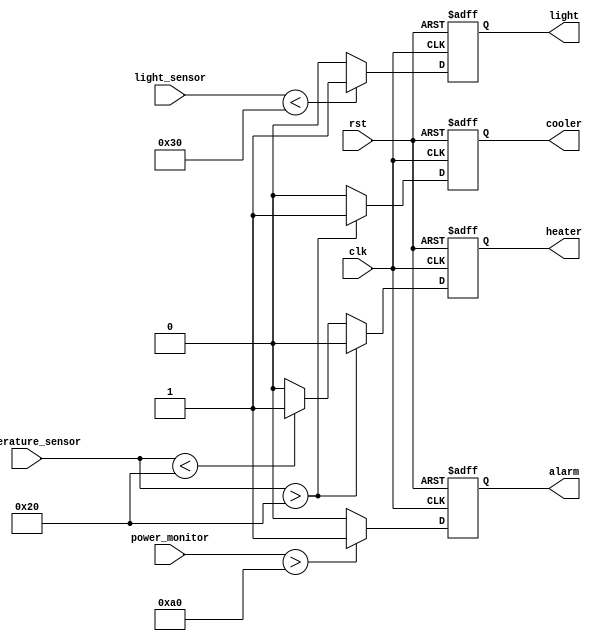
module TemperatureLightPowerController (
    input wire clk,
    input wire rst,
    input wire [7:0] temperature_sensor,  // 8-bit temperature sensor data
    input wire [7:0] light_sensor,        // 8-bit light sensor data
    input wire [8:0] power_monitor,       // 9-bit power usage monitor (0-511 units)
    output wire heater,                   // Heater control signal
    output wire cooler,                   // Cooler control signal
    output wire light,                    // Light control signal
    output wire alarm                     // Alarm control signal
);

// Define some constants for control thresholds
parameter TEMPERATURE_THRESHOLD = 8'b00100000;  // Example temperature threshold (adjust as needed)
parameter LIGHT_THRESHOLD = 8'b00110000;        // Example light threshold (48)
parameter POWER_THRESHOLD = 9'b010100000;       // Example power threshold (160 units)

// Registers for control logic
reg heater_reg, cooler_reg, light_reg, alarm_reg;

always @(posedge clk or posedge rst) begin
    if (rst) begin
        heater_reg <= 1'b0;
        cooler_reg <= 1'b0;
        light_reg <= 1'b0;
        alarm_reg <= 1'b0;
    end else begin
        // Temperature control logic
        if (temperature_sensor > TEMPERATURE_THRESHOLD) begin
            cooler_reg <= 1'b1;
            heater_reg <= 1'b0;
        end else if (temperature_sensor < TEMPERATURE_THRESHOLD) begin
            cooler_reg <= 1'b0;
            heater_reg <= 1'b1;
        end else begin
            cooler_reg <= 1'b0;
            heater_reg <= 1'b0;
        end

        // Light control logic
        if (light_sensor < LIGHT_THRESHOLD) begin
            light_reg <= 1'b1;
        end else begin
            light_reg <= 1'b0;
        end

        // Power usage alarm logic
        if (power_monitor > POWER_THRESHOLD) begin
            alarm_reg <= 1'b1;
        end else begin
            alarm_reg <= 1'b0;
        end
    end
end

assign heater = heater_reg;
assign cooler = cooler_reg;
assign light = light_reg;
assign alarm = alarm_reg;

endmodule